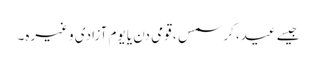
جیسے عید، کرسمس ، قومی دن یا یوم آزادی وغیرہ۔